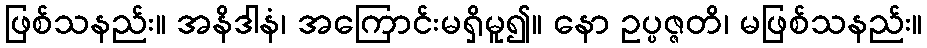
ဖြစ်သနည်း။ အနိဒါနံ၊ အကြောင်းမရှိမူ၍။ နော ဥပ္ပဇ္ဇတိ၊ မဖြစ်သနည်း။